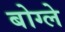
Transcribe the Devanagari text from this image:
बोग्ले